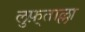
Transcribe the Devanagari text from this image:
लुफ़्ताल्ला